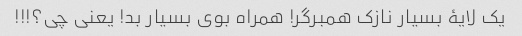
یک لایۀ بسیار نازک همبرگر! همراه بوی بسیار بد! یعنی چی؟!!!